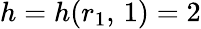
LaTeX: h=h(r_{1},\, 1)=2